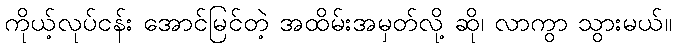
ကိုယ့်လုပ်ငန်း အောင်မြင်တဲ့ အထိမ်းအမှတ်လို့ ဆို၊ လာကွာ သွားမယ်။